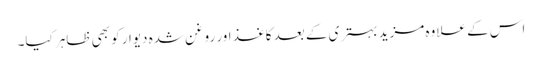
اس کے علاوہ مزید بہتری کے بعد کاغذ اور روغن شدہ دیوار کو بھی ظاہر کیا۔